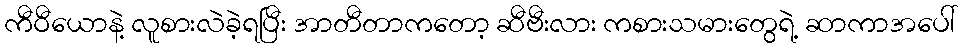
ကီဝီယောနဲ့ လူစားလဲခဲ့ရပြီး အာတီတာကတော့ ဆီဗီးလား ကစားသမားတွေရဲ့ ဆာကာအပေါ်